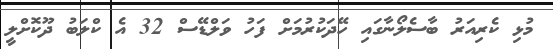
މުޅި ކެރިއަރު ބާސެލޯނާގައި ހޭދަކުރުމަށް ފަހު ވަލްޑޭސް 32 އެ ކްލަބު ދޫކޮށްލީ